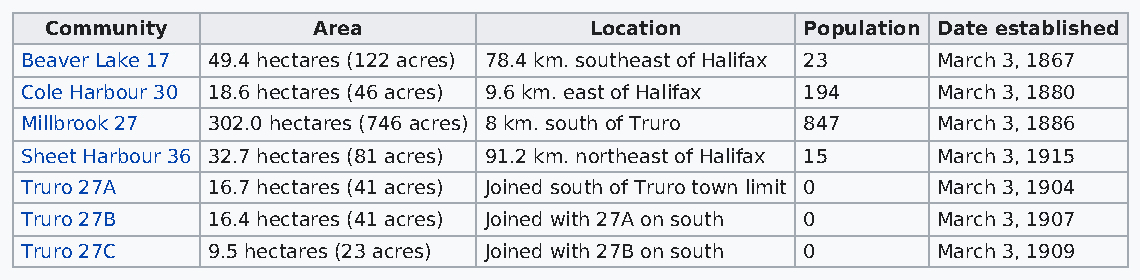
Community         Area              Location      Population Date established
 Beaver Lake 17 49.4 hectares (122 acres) 78.4 km. southeast of Halifax 23 March 3, 1867
 Cole Harbour 30 18.6 hectares (46 acres) 9.6 km. east of Halifax 194 March 3, 1880
 Millbrook 27 302.0 hectares (746 acres) 8 km. south of Truro 847 March 3, 1886
 Sheet Harbour 36 32.7 hectares (81 acres) 91.2 km. northeast of Halifax 15 March 3, 1915
 Truro 27A    16.7 hectares (41 acres) Joined south of Truro town limit 0 March 3, 1904
 Truro 27B    16.4 hectares (41 acres) Joined with 27A on south 0 March 3, 1907
 Truro 27C    9.5 hectares (23 acres) Joined with 27B on south 0 March 3, 1909